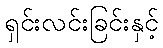
ရှင်းလင်းခြင်းနှင့်